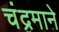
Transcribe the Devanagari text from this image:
चंद्रमाने